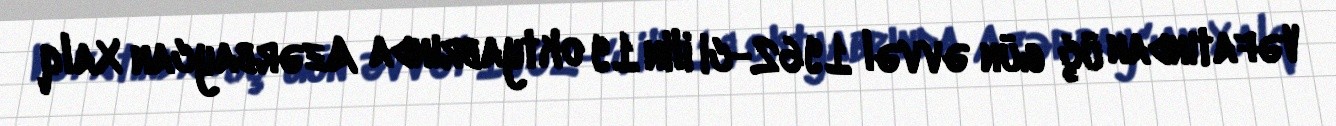
Vəfatından üç gün əvvəl 1962-ci ilin 19 oktyabrında Azərbaycan Xalq